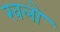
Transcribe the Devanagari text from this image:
खलो